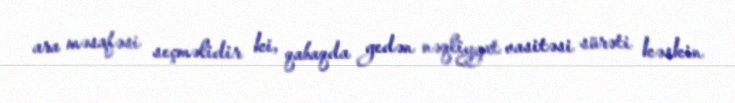
ara məsafəsi seçməlidir ki, qabaqda gedən nəqliyyat vasitəsi sürəti kəskin